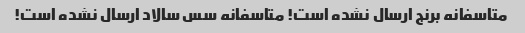
متاسفانه برنج ارسال نشده است! متاسفانه سس سالاد ارسال نشده است!